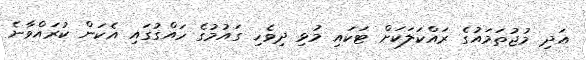
އަދި މުޖުތަމައުގެ ރައްކަލަކަށް ޓަކައި މުޅި ދިވެހި ގައުމުގެ ހައްގުގައި އެކަން ކުރައްވާނެ